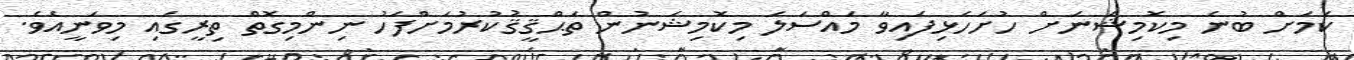
ކަމަށް ބުނެ މިކޮމިޝަނަށް ހުށަހެޅިފައިވާ މައްސަލަ މިކޮމިޝަނުން ތަޙްޤީޤުކުރުމަށްފަހު ނިންމިގޮތް ތިރީގައި މިވަނީއެވެ.